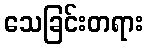
သေခြင်းတရား